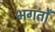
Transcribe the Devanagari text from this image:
भगतोँ